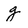
Character: g